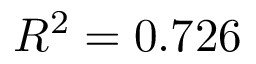
R ^ { 2 } = 0 . 7 2 6